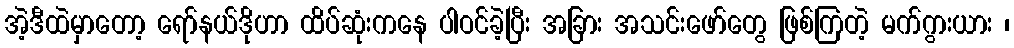
အဲ့ဒီထဲမှာတော့ ရော်နယ်ဒိုဟာ ထိပ်ဆုံးကနေ ပါဝင်ခဲ့ပြီး အခြား အသင်းဖော်တွေ ဖြစ်ကြတဲ့ မက်ဂွားယား ၊